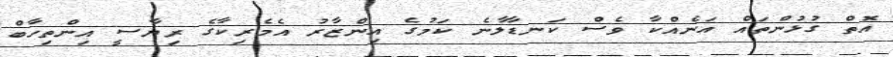
އޮތް ގުޅުންތައް އަނެއްކާ ވެސް ކަނޑާލާނެ ކަމުގެ އިންޒާރު އެމެރިކާގެ ރިޔާސީ އިންތިހާބް